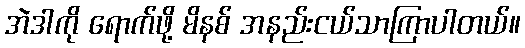
အဲဒါကို ရောက်ဖို့ မိနစ် အနည်းငယ်သာကြာပါတယ်။